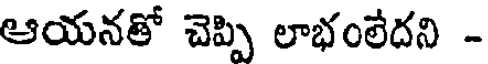
ఆయనతో చెప్పి లాభంలేదని -